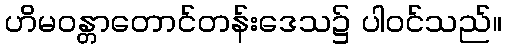
ဟိမဝန္တာတောင်တန်းဒေသ၌ ပါဝင်သည်။